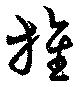
推